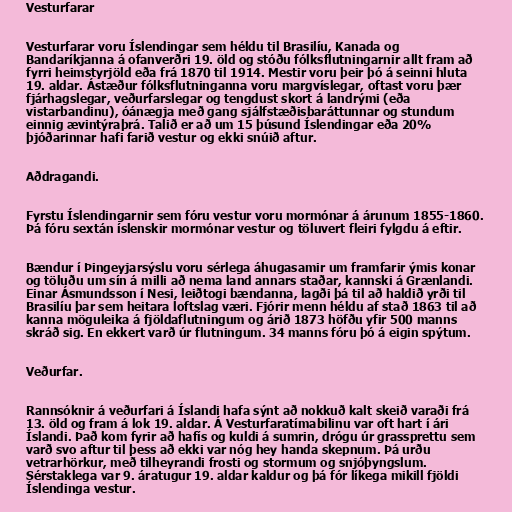
Vesturfarar

Vesturfarar voru Íslendingar sem héldu til Brasilíu, Kanada og
Bandaríkjanna á ofanverðri 19. öld og stóðu fólksflutningarnir allt fram að
fyrri heimstyrjöld eða frá 1870 til 1914. Mestir voru þeir þó á seinni hluta
19. aldar. Ástæður fólksflutninganna voru margvíslegar, oftast voru þær
fjárhagslegar, veðurfarslegar og tengdust skort á landrými (eða
vistarbandinu), óánægja með gang sjálfstæðisbaráttunnar og stundum
einnig ævintýraþrá. Talið er að um 15 þúsund Íslendingar eða 20%
þjóðarinnar hafi farið vestur og ekki snúið aftur.

Aðdragandi.

Fyrstu Íslendingarnir sem fóru vestur voru mormónar á árunum 1855-1860.
Þá fóru sextán íslenskir mormónar vestur og töluvert fleiri fylgdu á eftir.

Bændur í Þingeyjarsýslu voru sérlega áhugasamir um framfarir ýmis konar
og töluðu um sín á milli að nema land annars staðar, kannski á Grænlandi.
Einar Ásmundsson í Nesi, leiðtogi bændanna, lagði þá til að haldið yrði til
Brasilíu þar sem heitara loftslag væri. Fjórir menn héldu af stað 1863 til að
kanna möguleika á fjöldaflutningum og árið 1873 höfðu yfir 500 manns
skráð sig. En ekkert varð úr flutningum. 34 manns fóru þó á eigin spýtum.

Veðurfar.

Rannsóknir á veðurfari á Íslandi hafa sýnt að nokkuð kalt skeið varaði frá
13. öld og fram á lok 19. aldar. Á Vesturfaratímabilinu var oft hart í ári
Íslandi. Það kom fyrir að hafís og kuldi á sumrin, drógu úr grassprettu sem
varð svo aftur til þess að ekki var nóg hey handa skepnum. Þá urðu
vetrarhörkur, með tilheyrandi frosti og stormum og snjóþyngslum.
Sérstaklega var 9. áratugur 19. aldar kaldur og þá fór líkega mikill fjöldi
Íslendinga vestur.